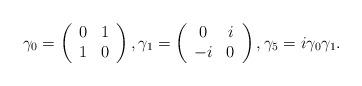
LaTeX: \begin{align*}\gamma _{0}=\left( \begin{array}{cc}0 & 1 \\ 1 & 0\end{array}\right) ,\gamma _{1}=\left( \begin{array}{cc}0 & i \\ -i & 0\end{array}\right) ,\gamma _{5}=i\gamma _{0}\gamma _{1}. \end{align*}